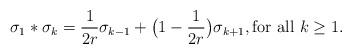
LaTeX: \begin{align*}\sigma_1 * \sigma_k = \frac{1}{2r} \sigma_{k-1} + \big( 1 - \frac{1}{2r}\big) \sigma_{k+1}, \textrm{for all $k \geq 1$}.\end{align*}